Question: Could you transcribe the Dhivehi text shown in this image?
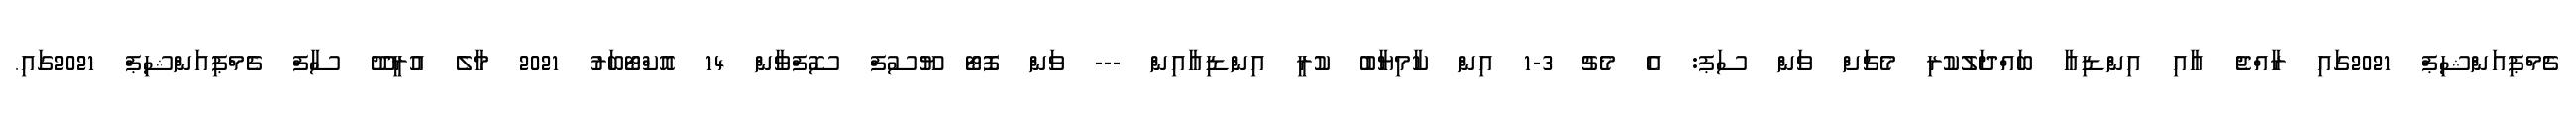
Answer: ޗެމްޕިއަންޝިޕް 2021ގައި ރާއްޖެ އާއި އިންޑިއާ ބައްދަލުކުރި މެޗަށް ވަން ސަޕ: އެ މެޗު 3-1 އިން ކާމިޔާބު ކުރީ އިންޑިއާއިން --- ވަން ފޮޓޯ ޔޫސުފް ސޮފްވާން 14 އޮކްޓޯބަރު 2021 މާލެ އުރީދޫ ސާފް ޗެމްޕިއަންޝިޕް 2021ގައި.